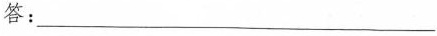
答：___